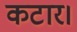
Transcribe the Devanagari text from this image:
कटार।